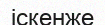
іскенже